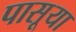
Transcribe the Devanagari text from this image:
पासूया